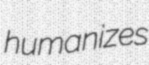
humanizes